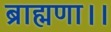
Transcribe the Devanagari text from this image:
ब्राह्मणा।।